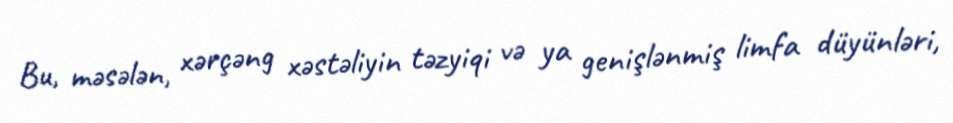
Bu, məsələn, xərçəng xəstəliyin təzyiqi və ya genişlənmiş limfa düyünləri,